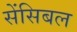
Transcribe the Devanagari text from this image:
सेंसिबल